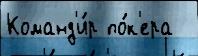
Команд'и́р по́к'ера